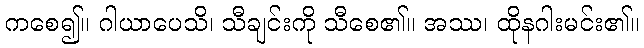
ကစေ၍။ ဂါယာပေသိ၊ သီချင်းကို သီစေ၏။ အဿ၊ ထိုနဂါးမင်း၏။